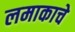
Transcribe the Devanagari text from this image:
लमाकाचे